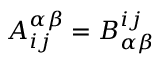
A _ { i j } ^ { \alpha \beta } = B _ { \alpha \beta } ^ { i j }